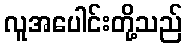
လူအပေါင်းတို့သည်